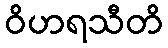
ဝိဟရသီတိ